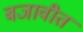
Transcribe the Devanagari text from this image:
बजावीत